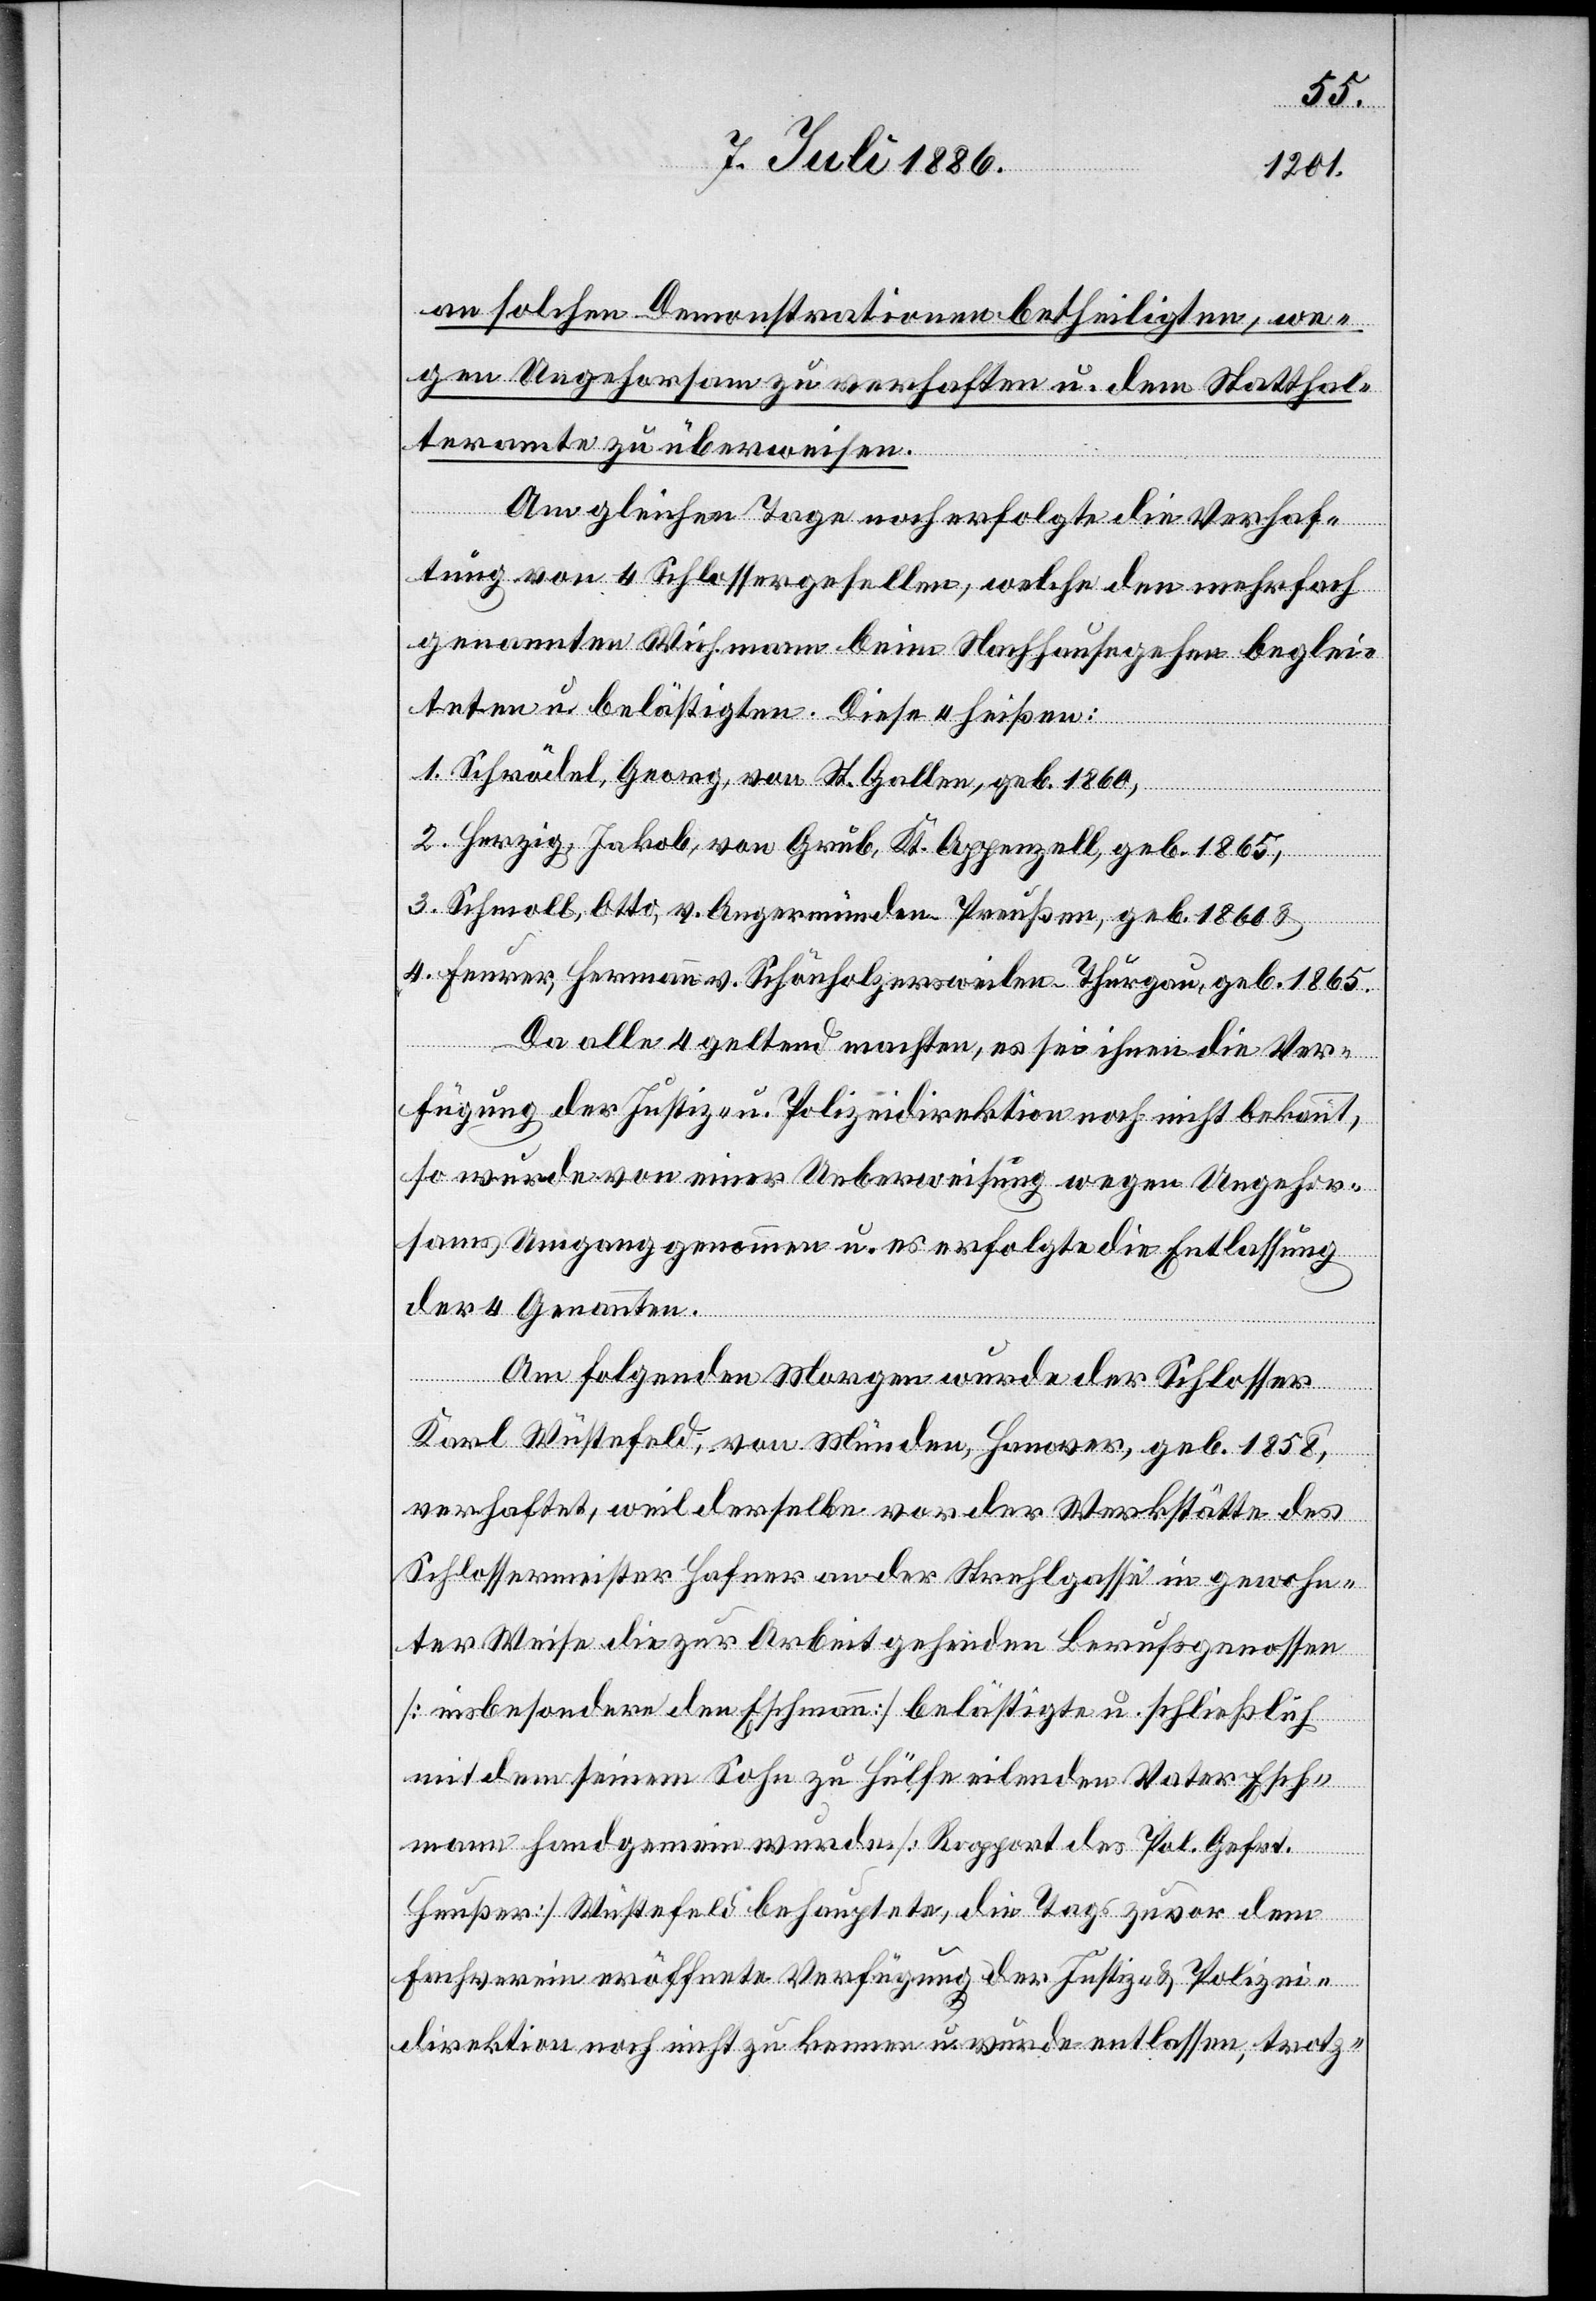
an solchen Demonstrationen betheiligten, we¬
gen Ungehorsam zu verhaften u. dem Statthal¬
teramte zu überweisen.
Am gleichen Tage noch erfolgte die Verhaf¬
tung von 4 Schlossergesellen, welche den mehrfach
genannten Wichmann beim Nachhausegehen beglei¬
teten u. belästigten. Diese 4 heißen:
1. Schrödel, Georg, von St. Gallen, geb. 1860,
2. Herzig, Jakob, von Grub, Kt. Appenzell, geb. 1865,
3. Schmoll, Otto, v. Angermünden - Preußen, geb. 1860 &
4. Feurer, Hermann v. Schönholzersweilen - Thurgau, geb. 1865.
Da alle 4 geltend machten, es sei ihnen die Ver¬
fügung der Justiz- u. Polizeidirektion noch nicht bekannt,
so wurde von einer Ueberweisung wegen Ungehor¬
sams Umgang genommen u. es erfolgte die Entlassung
der 4 Genannten.
Am folgenden Morgen wurde der Schlosser
Karl Wüstefeld, von Münden, Hanover, geb. 1858,
verhaftet, weil derselbe vor der Werkstätte des
Schlossermeister Hafner an der Strehlgasse in gewohn¬
ter Weise die zur Arbeit gehenden Berufsgenossen
[insbesondere den Eschmann] belästigte u. schließlich
mit dem seinem Sohn zu Hülfe eilenden Vater Esch¬
mann handgemein wurde [Rapport des Pol. Gefrt.
Heußer][.] Wüstefeld behauptete, die Tags zuvor dem
Fachverein eröffnete Verfügung der Justiz- & Polizei¬
direktion noch nicht zu kennen u. wurde entlassen, trotz-